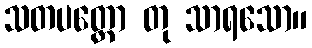
သတပတ္တော တု သာရသော။